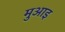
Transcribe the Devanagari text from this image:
मुआइ